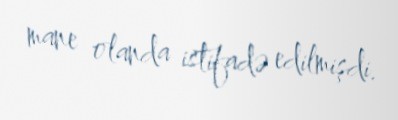
mane olanda istifadə edilmişdi.